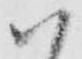
ハ